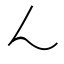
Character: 𬼂